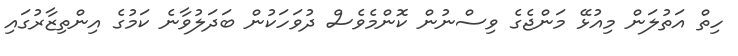
ހިތް އަތުލަން މިއުޅޭ މަންޖެގެ ވިސްނުން ކޮންމެވެސް ދުވަހަކުން ބަދަލުވާނެ ކަމުގެ އިންތިޒާރުގައި